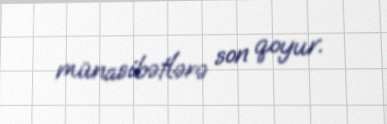
münasibətlərə son qoyur.